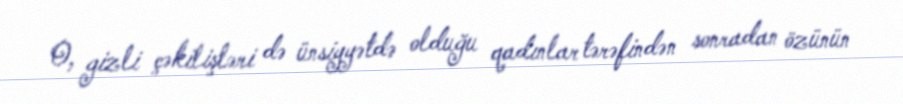
O, gizli çəkilişləri də ünsiyyətdə olduğu qadınlar tərəfindən sonradan özünün